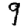
Digit: 9